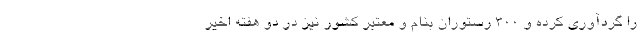
را گردآوری کرده و 300 رستوران بنام و معتبر کشور نیز در دو هفته اخیر